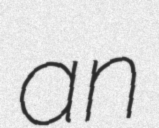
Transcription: an